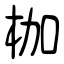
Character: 枷